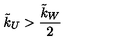
\tilde { k } _ { U } > \frac { \tilde { k } _ { W } } { 2 }